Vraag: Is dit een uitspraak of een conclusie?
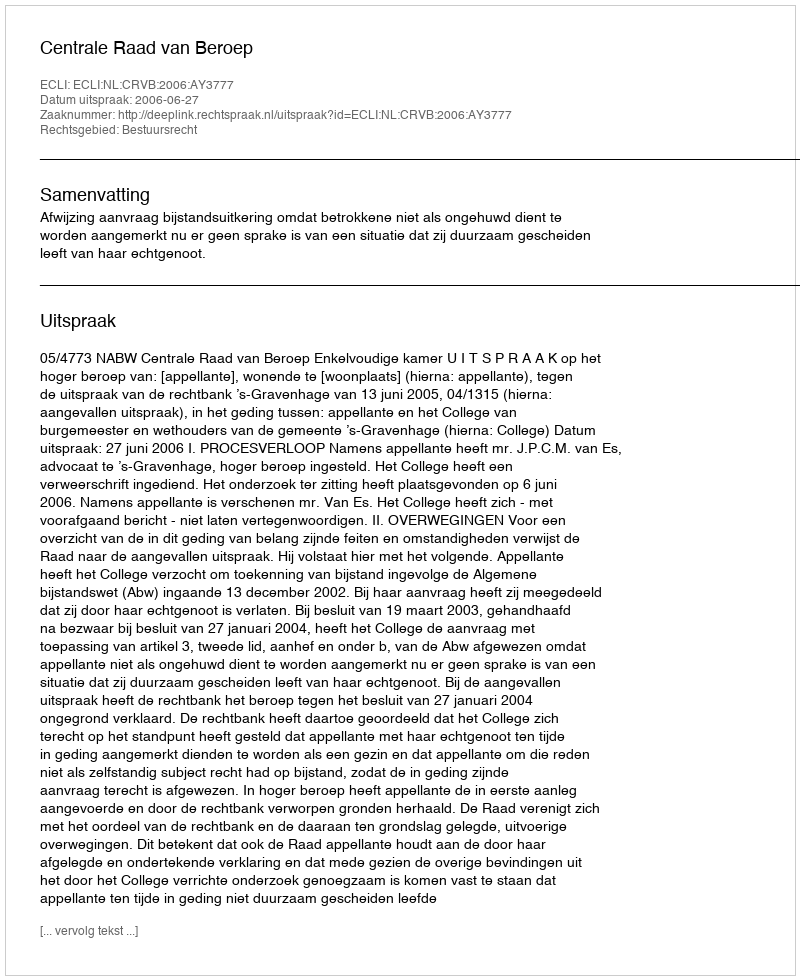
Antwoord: Uitspraak